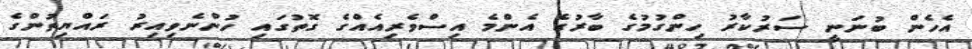
އެހެން ބުނަނީ ސަރުކާރު ހިންގުމުގެ ބާރުގެ އެންމެ އިސްވެރިއެއްގެ ގޮތުގައި ހުންނެވިއިރު ރައްޔިތުންގެ